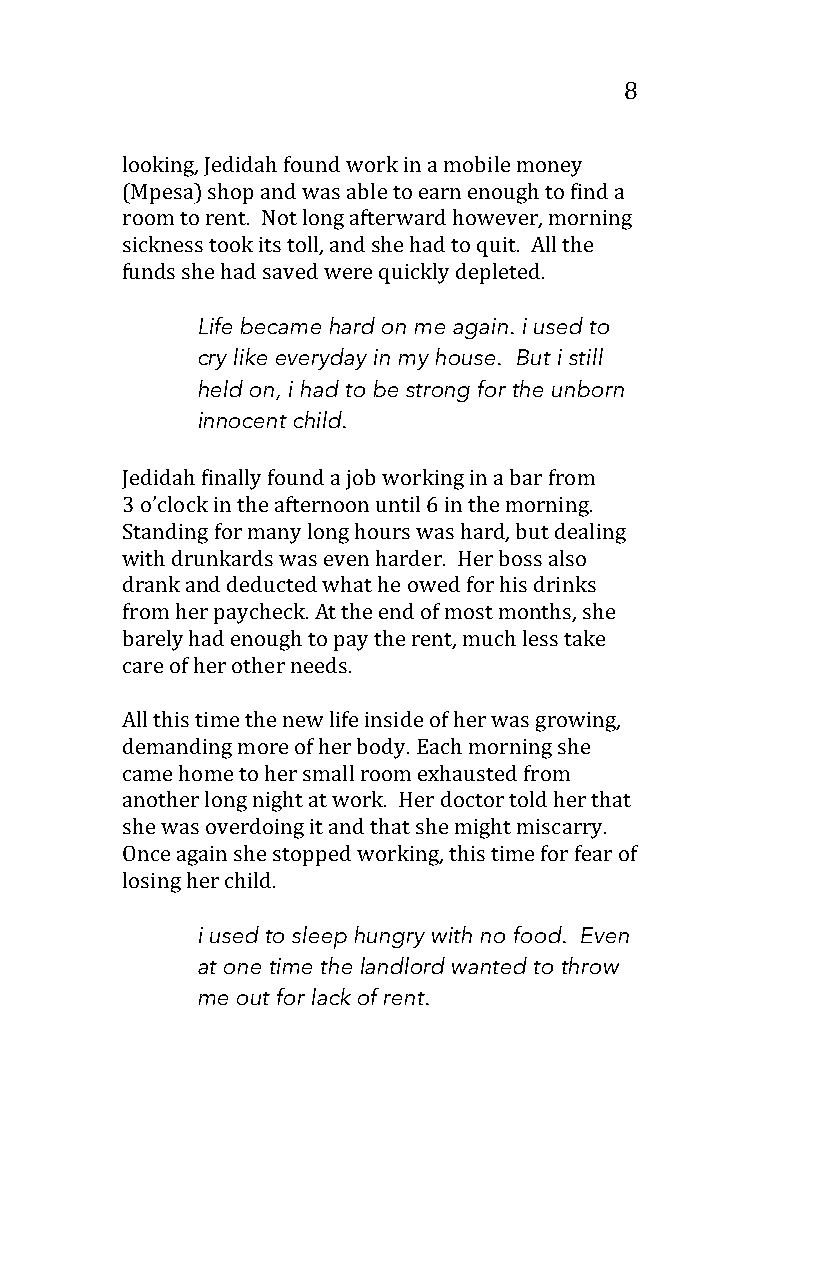
8
 looking, Jedidah found work in a mobile money
 (Mpesa) shop and was able to earn enough to find a
 room to rent. Not long afterward however, morning
 sickness took its toll, and she had to quit. All the
 funds she had saved were quickly depleted.
 Life became hard on me again. i used to
 cry like everyday in my house. But i still
 held on, i had to be strong for the unborn
 innocent child.
 Jedidah finally found a job working in a bar from
 3 o’clock in the afternoon until 6 in the morning.
 Standing for many long hours was hard, but dealing
 with drunkards was even harder. Her boss also
 drank and deducted what he owed for his drinks
 from her paycheck. At the end of most months, she
 barely had enough to pay the rent, much less take
 care of her other needs.
 All this time the new life inside of her was growing,
 demanding more of her body. Each morning she
 came home to her small room exhausted from
 another long night at work. Her doctor told her that
 she was overdoing it and that she might miscarry.
 Once again she stopped working, this time for fear of
 losing her child.
 i used to sleep hungry with no food. Even
 at one time the landlord wanted to throw
 me out for lack of rent.